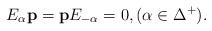
LaTeX: \begin{align*}E_\alpha \mathbf{p} = \mathbf{p} E_{-\alpha} = 0, (\alpha\in \Delta^+).\end{align*}